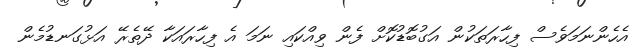
އެހެެންނަމަވެސް ފިހާރަތަކުން އަގުބޮޑުކޮށް ފެން ވިއްކައި ނަމަ އެ ފިހާރައަކާ ދޭތެރޭ އަޅުގަނޑުމެން